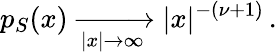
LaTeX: p_{S}(x)\xrightarrow[{|x|\to\infty}]{}|x|^{-(\nu+1)}\, .